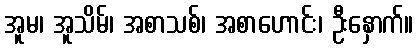
အူမ၊ အူသိမ်၊ အစာသစ်၊ အစာဟောင်း၊ ဦးနှောက်။